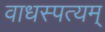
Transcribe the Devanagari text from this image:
वाधस्पत्यम्